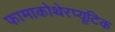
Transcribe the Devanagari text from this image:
फामाकोथेरप्यूटिक